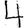
Digit: 4